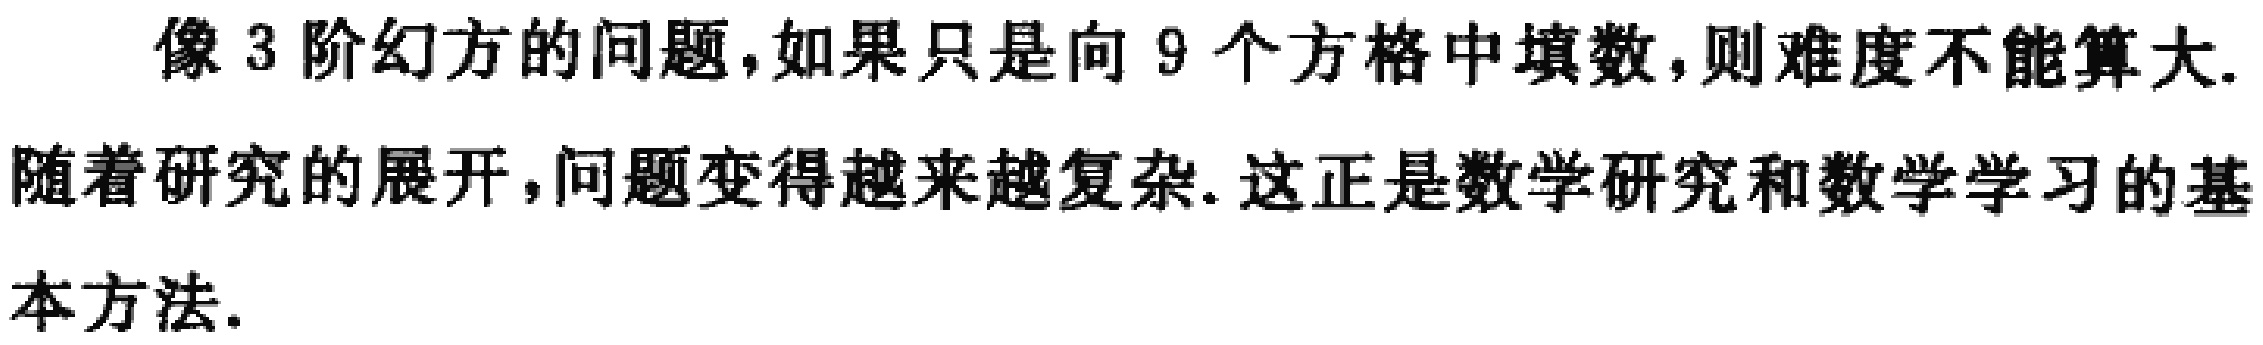
像3阶幻方的问题，如果只是向9个方格中填数，则难度不能算大.随着研究的展开，问题变得越来越复杂. 这正是数学研究和数学学习的基本方法.